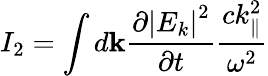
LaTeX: I_{2}=\int d\textbf{k}\frac{\partial\left|E_{k}\right|^{2}}{\partial t}\frac{ck_{\parallel}^{2}}{\omega^{2}}